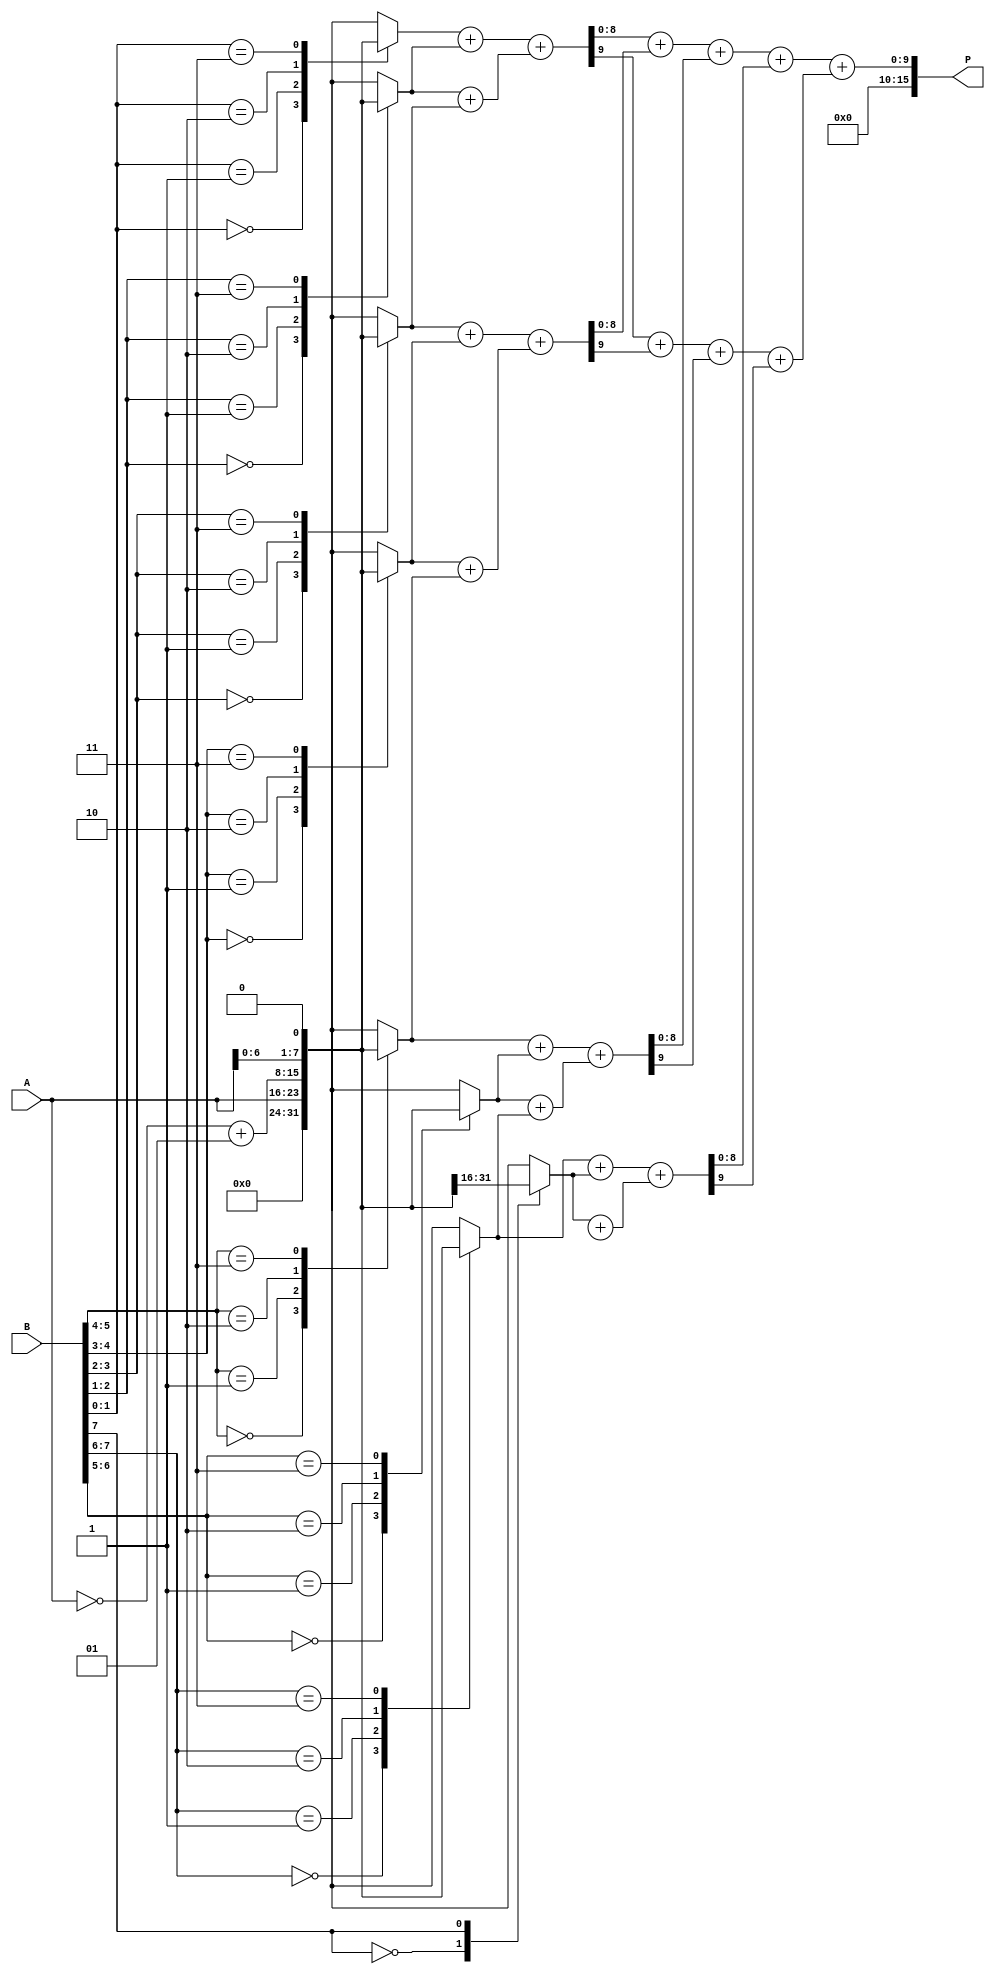
module booth_multiplier #(parameter WIDTH = 8) (
    input signed [WIDTH-1:0] A, // Multiplicand
    input signed [WIDTH-1:0] B, // Multiplier
    output signed [2*WIDTH-1:0] P // Product
);
    reg [WIDTH-1:0] partial_products [0:WIDTH]; // Array to hold partial products
    reg [WIDTH:0] B_reg; // Register to hold the multiplier with an extra bit for Booth encoding
    integer i;

    // Booth Encoding and Partial Product Generation
    always @(*) begin
        B_reg = {1'b0, B}; // Extend B with an extra bit for Booth's algorithm
        for (i = 0; i < WIDTH; i = i + 1) begin
            case (B_reg[i+1:i])
                2'b00: partial_products[i] = 0; // 0
                2'b01: partial_products[i] = A; // A
                2'b10: partial_products[i] = ~A + 1; // -A
                2'b11: partial_products[i] = A << 1; // 2A
                default: partial_products[i] = 0;
            endcase
        end
    end

    // Wallace Tree Reduction
    wire [WIDTH:0] sum [0:WIDTH]; // Sums for Wallace tree
    wire [WIDTH:0] carry [0:WIDTH]; // Carries for Wallace tree
    reg [WIDTH:0] final_sum, final_carry;

    // Initialize sums and carries
    initial begin
        for (i = 0; i < WIDTH; i = i + 1) begin
            sum[i] = 0;
            carry[i] = 0;
        end
    end

    // Reduction process
    always @(*) begin
        // First level of reduction
        for (i = 0; i < WIDTH; i = i + 1) begin
            {carry[i], sum[i]} = partial_products[i] + partial_products[i+1];
        end

        // Second level of reduction (example for 3 inputs)
        for (i = 0; i < WIDTH/2; i = i + 1) begin
            {carry[i], sum[i]} = sum[i*2] + sum[i*2+1];
        end

        // Final addition
        final_sum = sum[0];
        final_carry = carry[0];

        for (i = 1; i < WIDTH/2; i = i + 1) begin
            final_sum = final_sum + sum[i];
            final_carry = final_carry + carry[i];
        end
    end

    // Final product
    assign P = final_sum + final_carry;

endmodule